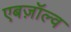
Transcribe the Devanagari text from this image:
एबज़ॉल्व